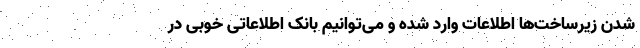
شدن زیرساخت‌ها اطلاعات وارد شده و می‌توانیم بانک اطلاعاتی خوبی در